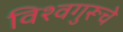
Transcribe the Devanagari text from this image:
विश्वगुरूचे